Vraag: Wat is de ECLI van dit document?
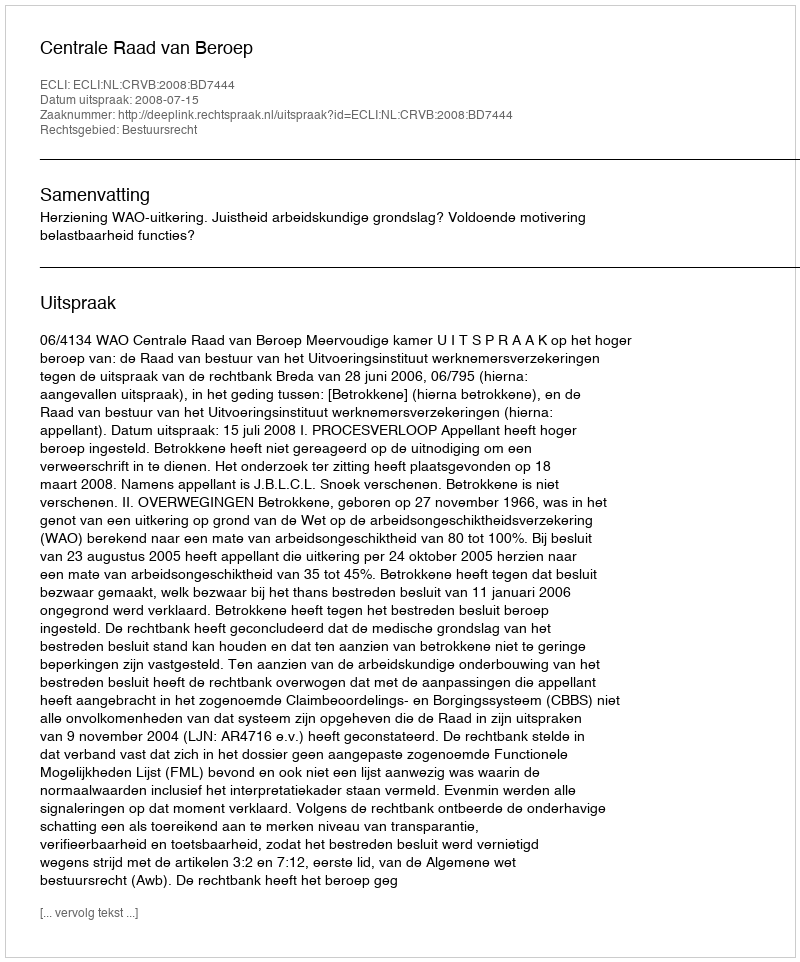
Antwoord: ECLI:NL:CRVB:2008:BD7444